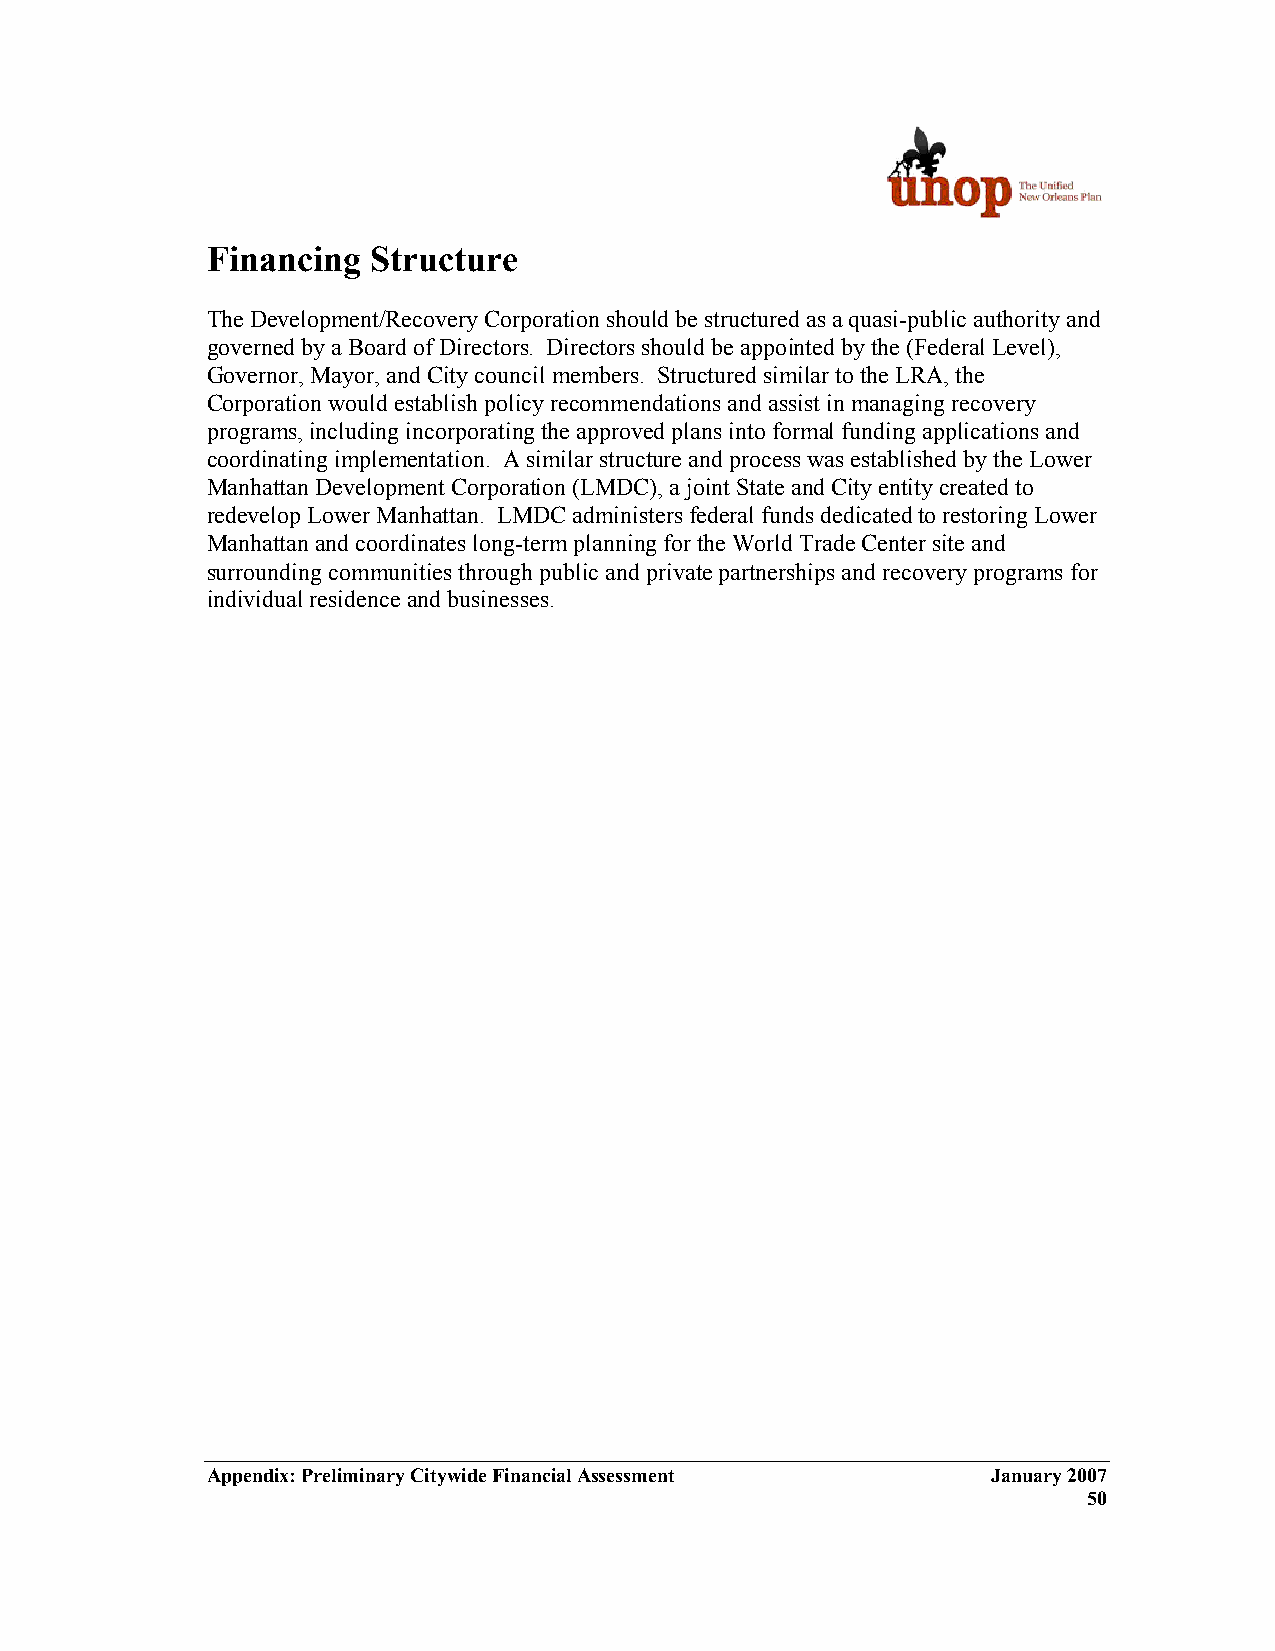
Financing  Structure
 The Development/Recovery Corporation should be structured as a quasi-public authority and
 governed by a Board of Directors. Directors should be appointed by the (Federal Level),
 Governor, Mayor, and City council members. Structured similar to the LRA, the
 Corporation would establish policy recommendations and assist in managing recovery
 programs, including incorporating the approved plans into formal funding applications and
 coordinating implementation. A similar structure and process was established by the Lower
 Manhattan Development Corporation (LMDC), a joint State and City entity created to
 redevelop Lower Manhattan. LMDC administers federal funds dedicated to restoring Lower
 Manhattan and coordinates long-term planning for the World Trade Center site and
 surrounding communities through public and private partnerships and recovery programs for
 individual residence and businesses.
 Appendix: Preliminary Citywide Financial Assessment January 2007
 50